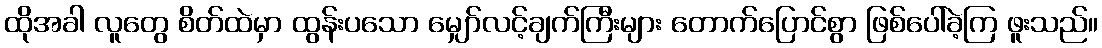
ထိုအခါ လူတွေ စိတ်ထဲမှာ ထွန်းပသော မျှော်လင့်ချက်ကြီးများ တောက်ပြောင်စွာ ဖြစ်ပေါ်ခဲ့ကြ ဖူးသည်။